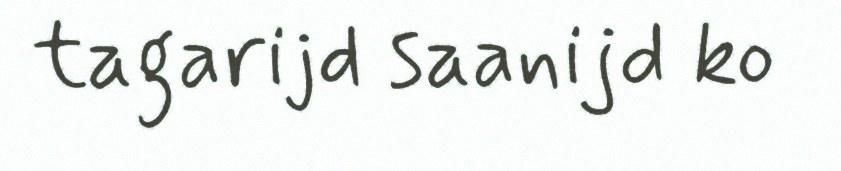
tagarijd saanijd ko